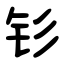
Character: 钐